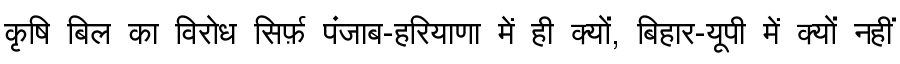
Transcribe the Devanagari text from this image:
कृषि बिल का विरोध सिर्फ़ पंजाब-हरियाणा में ही क्यों, बिहार-यूपी में क्यों नहीं